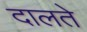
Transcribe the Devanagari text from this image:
दालते